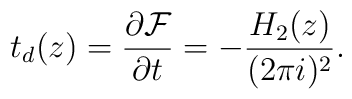
t_d(z)=\frac{\partial {\cal F}}{\partial t}=-\frac{H_2(z)}{(2\pi i)^2}.